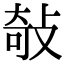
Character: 敧